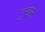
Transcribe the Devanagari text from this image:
गुरेइस